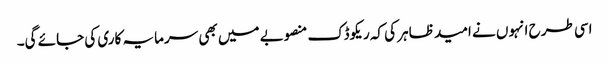
اسی طرح انہوں نے امید ظاہر کی کہ ریکوڈک منصوبے میں بھی سرمایہ کاری کی جائے گی۔